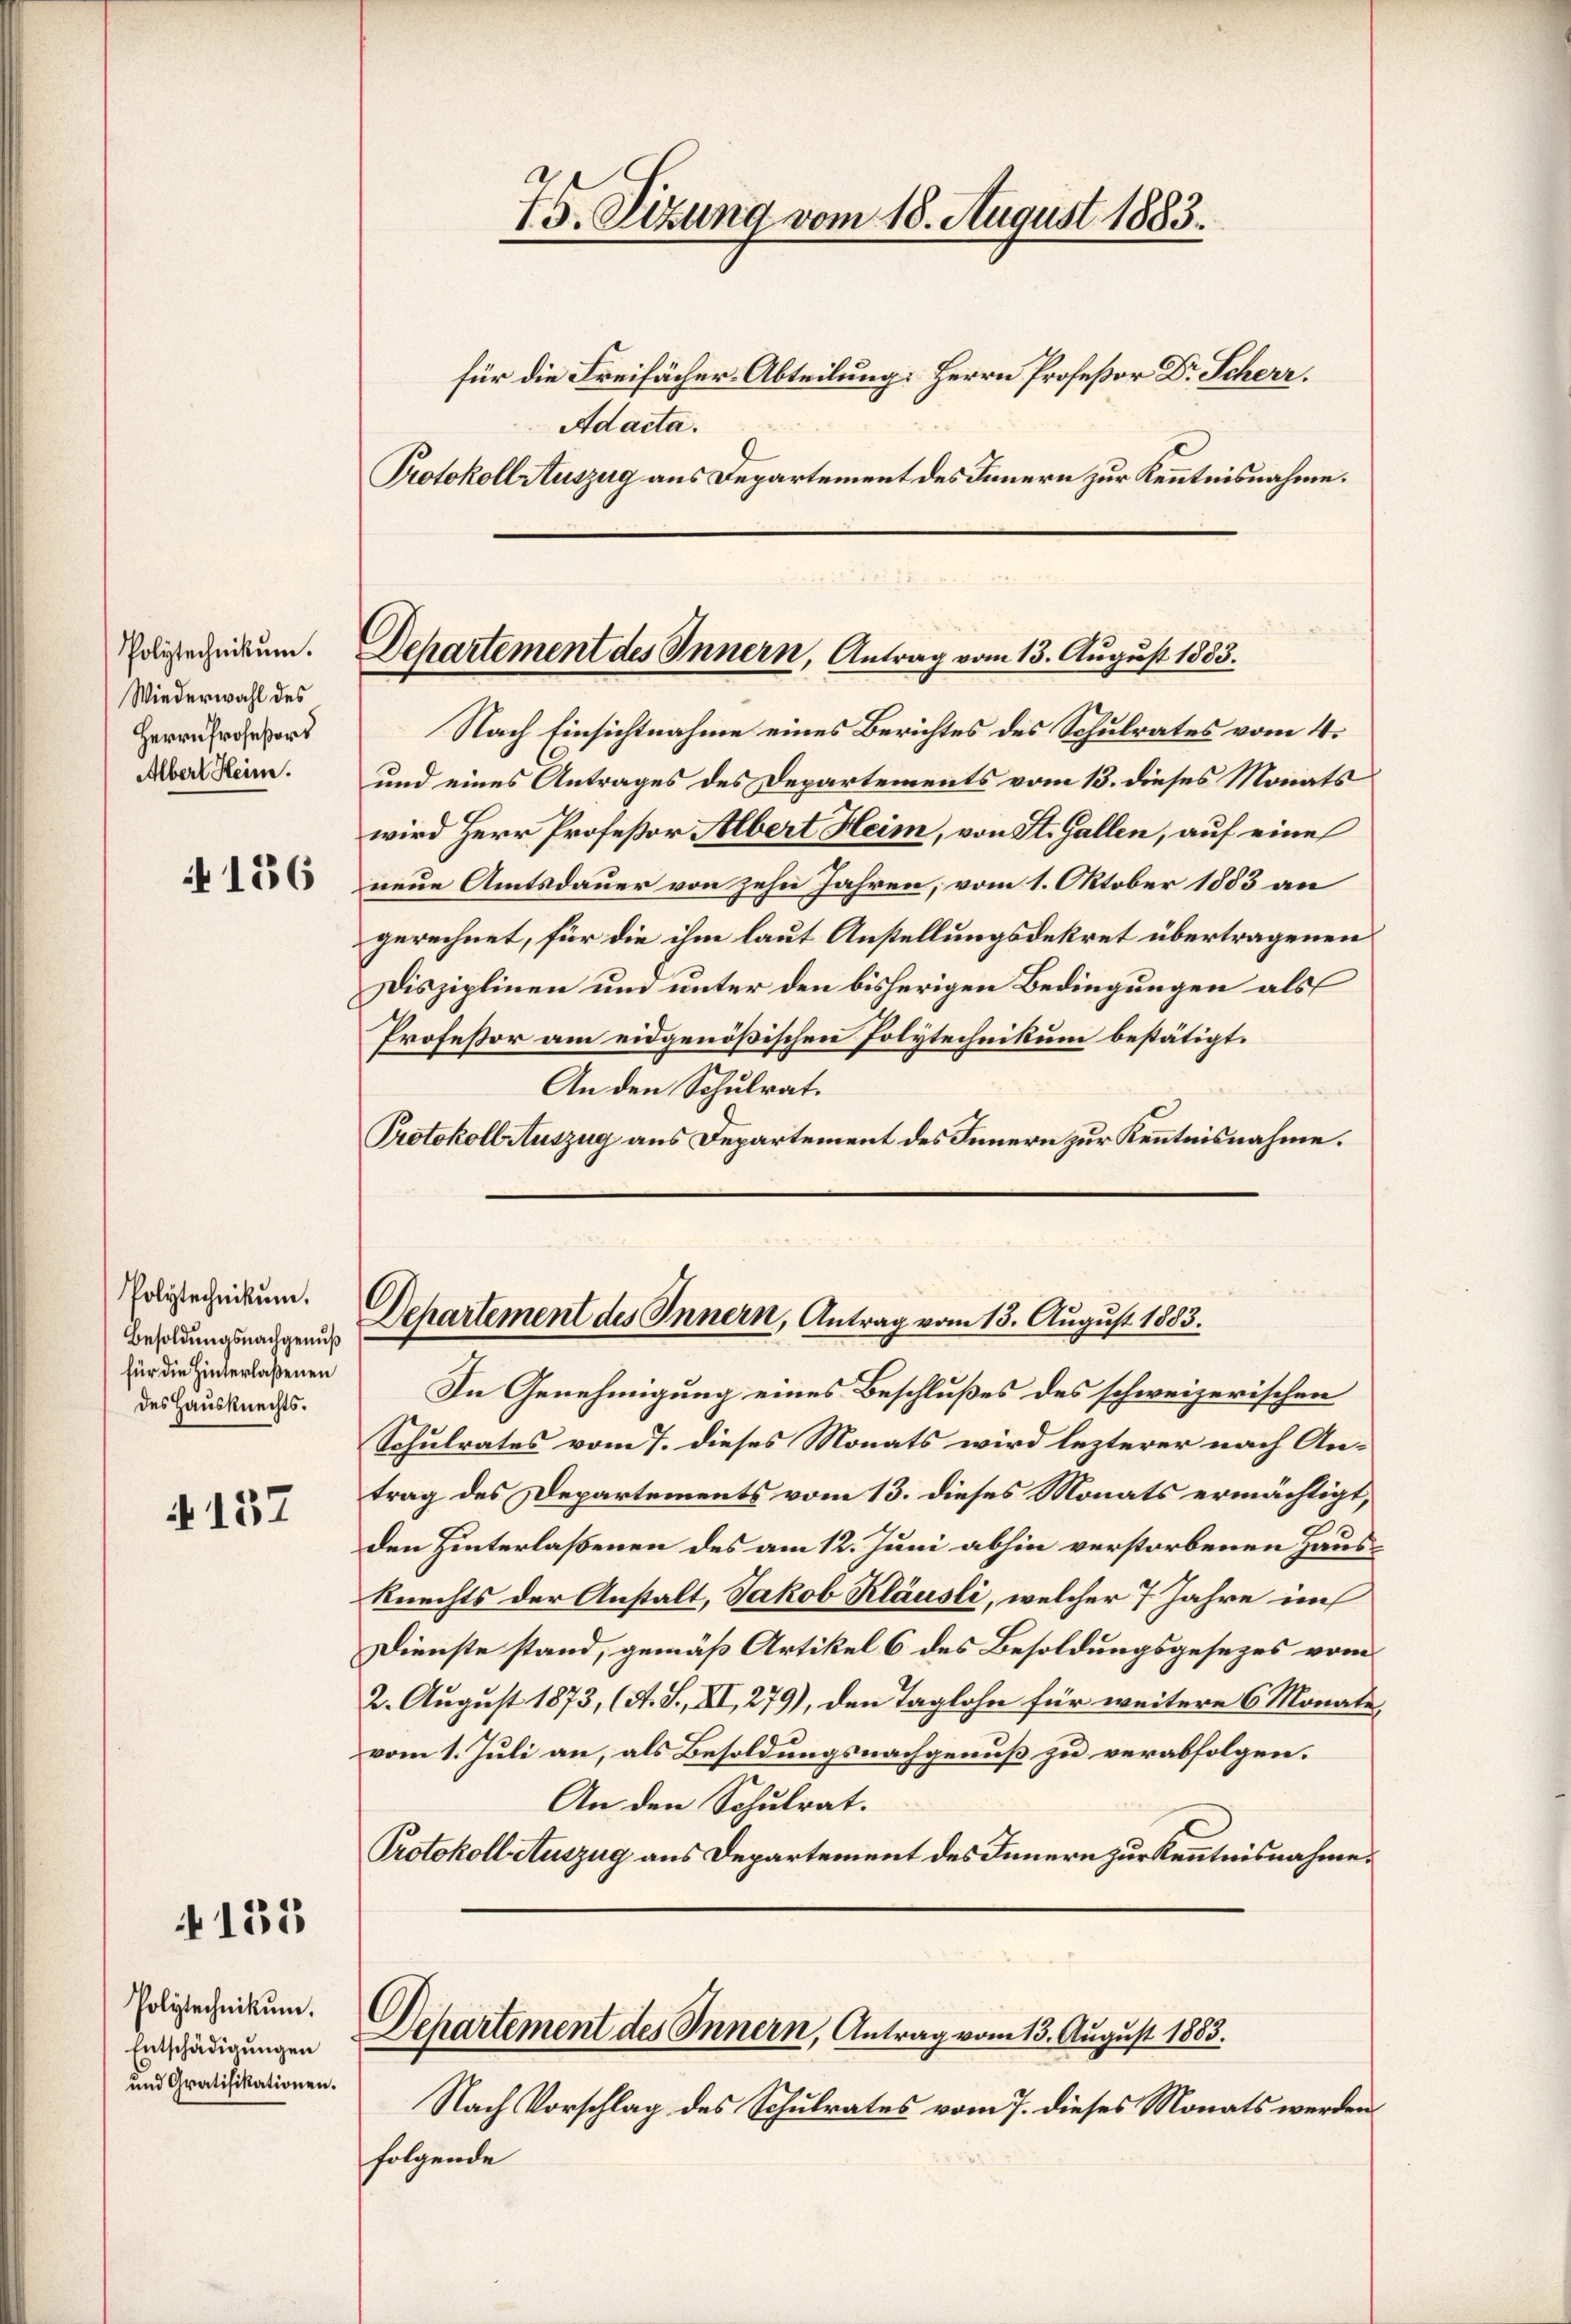
Polytechnikum.
Wiederwahl des
Herrn Profeßors
Albert Heim.

N 156

Polytechnikum.
Besoldungsnachgenuß
für die Hinterlaßenen
des Hausknechts.

4137

4135

Polytechnikum.
Entschädigŭngen
und Gratifikationen.

für die Freihächer-Abteilung: Herrn Profeßor Dr. Scherz.
Adacta.
Protokoll Auszug aus Departement des Innern zur Kenntnisnahme.
Nach Einsichtnahme eines Berichtes des Schulrates vom 4.
und eines Antrages des Departements vom 13. dieses Monats
wird Herr Profeßor Albert Heim, von St. Gallen, auf eine
neue Amtsdauer von zehn Jahren, vom 1. Oktober 1883 an
gerechnet, für die ihm laut Anstellungsdekret übertragenen
Disziplinen und unter den bisherigen Bedingungen als
Professor am eidgenößischen Polytechnikum bestätigt.
An den Schulrat.
Protokoll Auszug aus Departement des Innern zur Kenntnisnahme.

Departement des Innern, Antrag vom 13. August 1883.

75. Sizung vom 18. August 1883.

Departement des Innern, Antrag vom 13. August 1883.

In Genehmigung eines Beschlußes des schweizerischen
Schulrates vom 7. dieses Monats wird lezterer nach An-
trag des Departements vom 13. dieses Monats ermächtigt,
den Hinterlaßenen des am 12. Juni abhin verstorbenen Haus
Rerechts der Anstalt, Jakob Kläusli, welcher 7 Jahre im
Dienste stand, gemäß Artikel 6 des Besoldungsgesezes vom
2. August 1873, (A. S. XI, 279), den Taglohn für weitere 6 Monate
vom 1. Juli an, als Besoldungsnachgenuß zu verabfolgen.
An den Schulrat.
Protokoll Auszug aus Departement des Innern zur Kenntnisnahme.
Departement des Innern, Antrag vom 13. August 1883.
Nach Vorschlag des Schulrates vom 7. dieses Monats werden
folgende